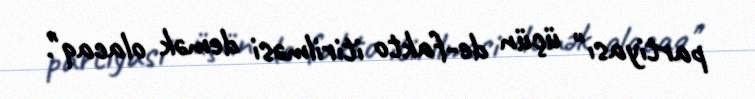
partiyası" üçün de-fakto itirilməsi demək olacaq".